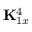
{ \bf K } _ { 1 x } ^ { 4 }